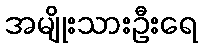
အမျိုးသားဦးရေ